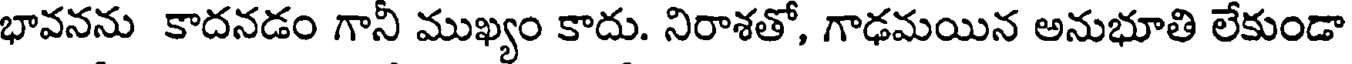
భావనను కాదనడం గానీ ముఖ్యం కాదు. నిరాశతో, గాఢమయిన అనుభూతి లేకుండా